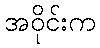
အဝိုင်းက